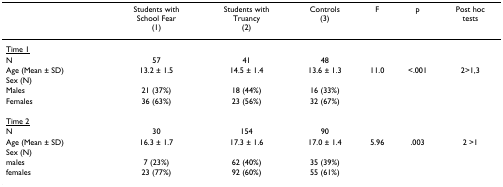
<table><thead><tr><td></td><td><b>Students with School Fear (1)</b></td><td><b>Students withTruancy (2)</b></td><td><b>Controls (3)</b></td><td><b>F</b></td><td><b>p</b></td><td><b>Post hoctests</b></td></tr></thead><tbody><tr><td><underline>Time 1</underline></td><td></td><td></td><td></td><td></td><td></td><td></td></tr><tr><td>N</td><td>57</td><td>41</td><td>48</td><td></td><td></td><td></td></tr><tr><td>Age (Mean ± SD)</td><td>13.2 ± 1.5</td><td>14.5 ± 1.4</td><td>13.6 ± 1.3</td><td>11.0</td><td>&lt;.001</td><td>2&gt;1,3</td></tr><tr><td>Sex (N)</td><td></td><td></td><td></td><td></td><td></td><td></td></tr><tr><td>Males</td><td>21 (37%)</td><td>18 (44%)</td><td>16 (33%)</td><td></td><td></td><td></td></tr><tr><td>Females</td><td>36 (63%)</td><td>23 (56%)</td><td>32 (67%)</td><td></td><td></td><td></td></tr><tr><td><underline>Time 2</underline></td><td></td><td></td><td></td><td></td><td></td><td></td></tr><tr><td>N</td><td>30</td><td>154</td><td>90</td><td></td><td></td><td></td></tr><tr><td>Age (Mean ± SD)</td><td>16.3 ± 1.7</td><td>17.3 ± 1.6</td><td>17.0 ± 1.4</td><td>5.96</td><td>.003</td><td>2 &gt;1</td></tr><tr><td>Sex (N)</td><td></td><td></td><td></td><td></td><td></td><td></td></tr><tr><td>males</td><td>7 (23%)</td><td>62 (40%)</td><td>35 (39%)</td><td></td><td></td><td></td></tr><tr><td>females</td><td>23 (77%)</td><td>92 (60%)</td><td>55 (61%)</td><td></td><td></td><td></td></tr></tbody></table>